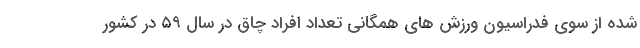
شده از سوی فدراسیون ورزش های همگانی تعداد افراد چاق در سال ۵۹ در کشور